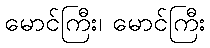
မောင်ကြီး၊ မောင်ကြီး